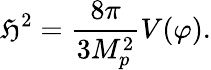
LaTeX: \mathfrak{H}^{2}=\frac{{8\pi}}{{3M_{p}^{2}}}V(\varphi).